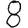
Digit: 8